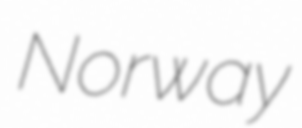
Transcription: Norway